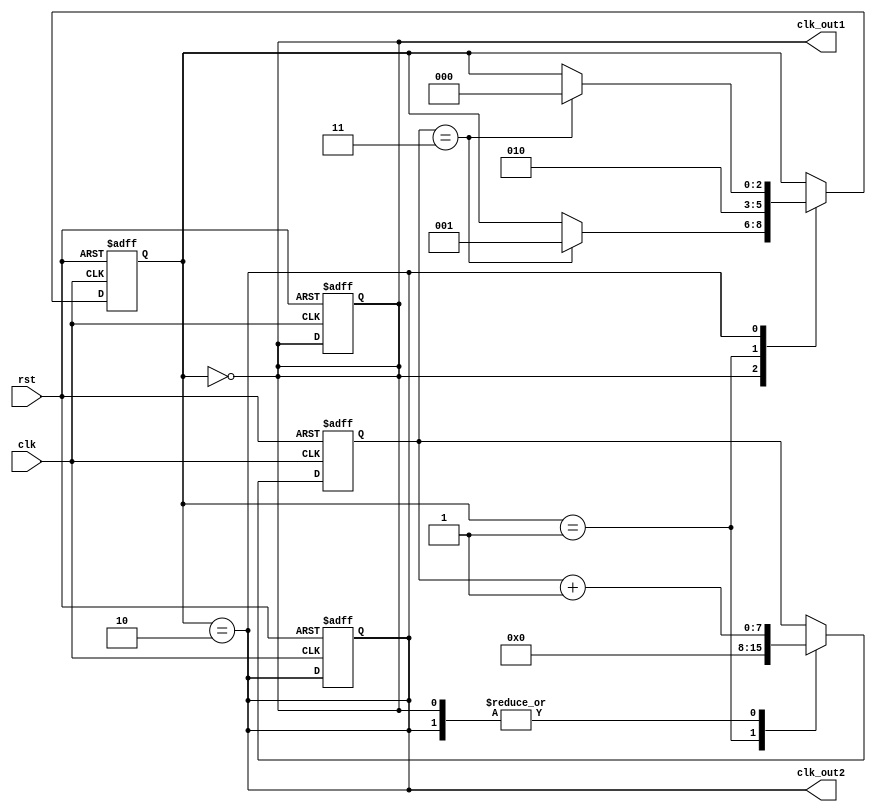
module dual_modulus_clock_divider(
    input wire clk,
    input wire rst,
    output reg clk_out1,
    output reg clk_out2
);

reg [7:0] count;
reg [2:0] state;

always @(posedge clk or posedge rst) begin
    if (rst) begin
        count <= 8'b0;
        state <= 3'b0;
        clk_out1 <= 1'b0;
        clk_out2 <= 1'b0;
    end else begin
        case (state)
            3'b000: begin
                count <= count + 1;
                if (count == 8'b011) begin
                    state <= 3'b001;
                end
            end
            3'b001: begin
                count <= 8'b0;
                state <= 3'b010;
            end
            3'b010: begin
                count <= count + 1;
                if (count == 8'b011) begin
                    state <= 3'b000;
                end
            end
        endcase
    end
end

assign clk_out1 = (state == 3'b000);
assign clk_out2 = (state == 3'b010);

endmodule